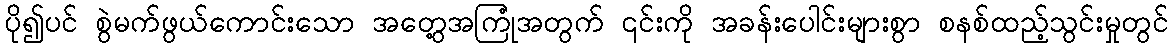
ပို၍ပင် စွဲမက်ဖွယ်ကောင်းသော အတွေ့အကြုံအတွက် ၎င်းကို အခန်းပေါင်းများစွာ စနစ်ထည့်သွင်းမှုတွင်